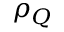
\rho _ { Q }